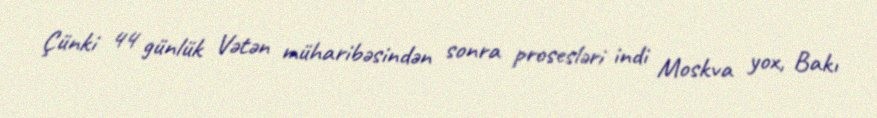
Çünki 44 günlük Vətən müharibəsindən sonra prosesləri indi Moskva yox, Bakı